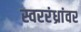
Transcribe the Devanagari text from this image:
स्वररंध्रांवर